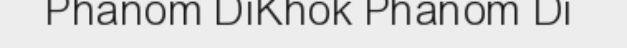
Phanom DiKhok Phanom Di